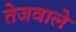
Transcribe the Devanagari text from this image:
तेजवाले